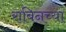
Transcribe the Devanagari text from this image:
राबिनच्या